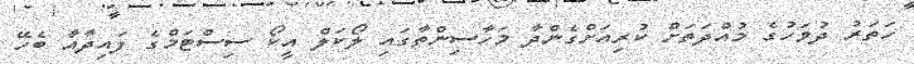
ހަތަރު ދުވަހުގެ މުއްދަތަށް ކުރިއަށްގެންދާ މަހާސިންތާގައި ލޯކަލް އީކޯ ސިސްޓަމްގެ ފައިދާއާ ބެހޭ